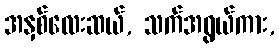
အနှစ်လေးဆယ်, သက်အရွယ်ကား,